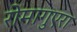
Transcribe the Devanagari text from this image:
रोमागुएरा